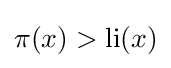
\pi (x)>\mathrm {li} (x)